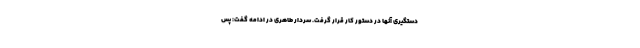
دستگیری آنها در دستور کار قرار گرفت. سردار طاهری در ادامه گفت: پس